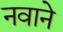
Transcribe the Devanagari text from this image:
नवाने